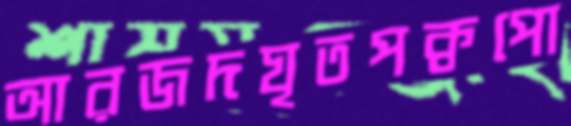
আরজদঘৃতপক্বপো